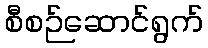
စီစဉ်ဆောင်ရွက်